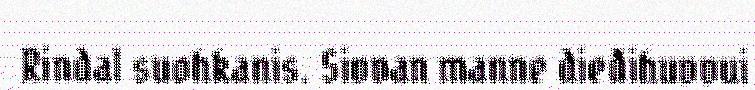
Rindal suohkanis. Sivvan manne dieđihuvvui